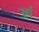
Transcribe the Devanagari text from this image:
उहां